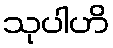
သုပါဟိ